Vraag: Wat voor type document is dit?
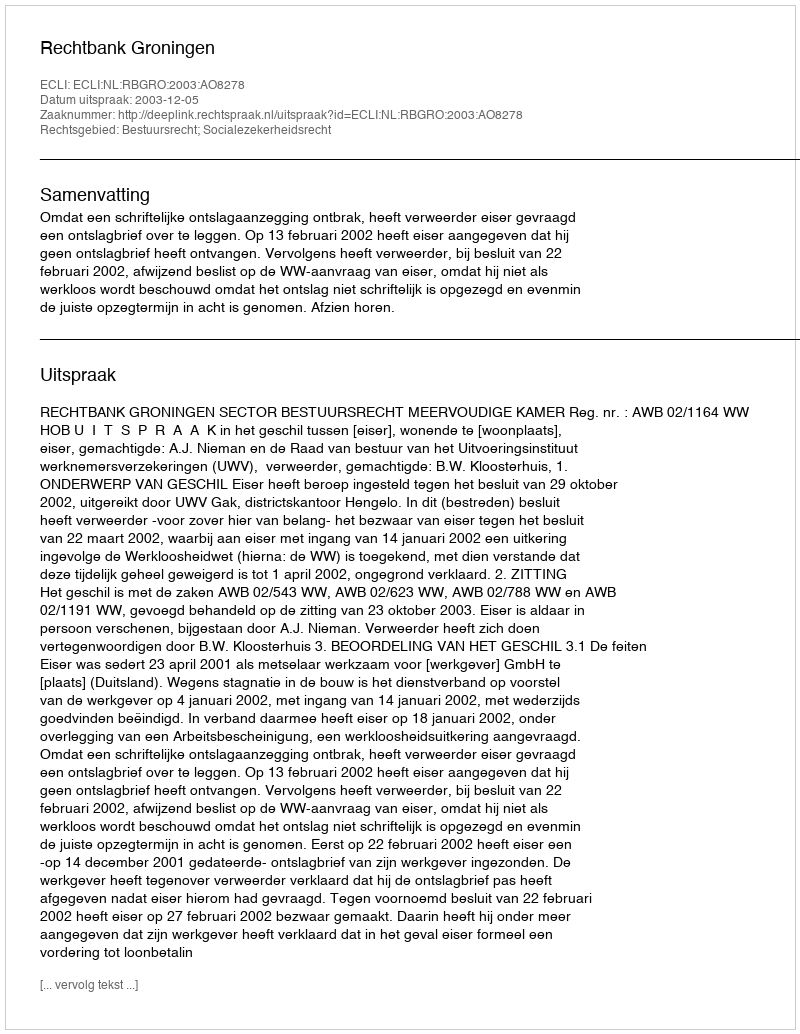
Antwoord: Uitspraak